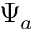
\Psi _ { a }